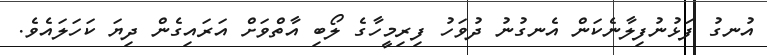
އުނގު ފަޅުނުފިލާނެކަން އެނގުނު ދުވަހު ފިރިމީހާގެ ލޯބި އާތްވަށް އަރައިގެން ދިޔަ ކަހަލައެވެ.